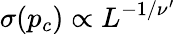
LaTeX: \sigma(p_{c})\propto L^{-1/\nu^{\prime}}